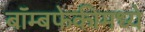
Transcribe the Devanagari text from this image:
बॉम्बफेकीमध्ये